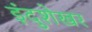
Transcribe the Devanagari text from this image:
इंदुशेखर